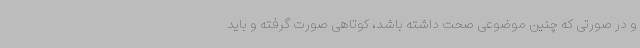
و در صورتی که چنین موضوعی صحت داشته باشد، کوتاهی صورت گرفته و باید